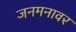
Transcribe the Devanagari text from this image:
जनमनावर